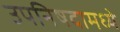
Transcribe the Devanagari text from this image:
उपनिषदामध्ये